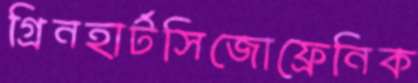
গ্রিনহার্টসিজোফ্রেনিক